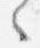
々